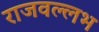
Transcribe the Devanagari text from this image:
राजवल्‍लभ